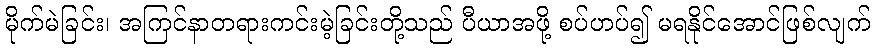
မိုက်မဲခြင်း၊ အကြင်နာတရားကင်းမဲ့ခြင်းတို့သည် ပီယာအဖို့ စပ်ဟပ်၍ မရနိုင်အောင်ဖြစ်လျက်